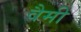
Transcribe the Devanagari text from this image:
वैमी